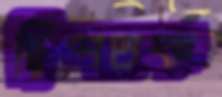
দ্বিশতক